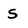
Character: s